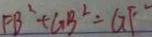
F B ^ { 2 } + G B ^ { 2 } = G F ^ { 2 }